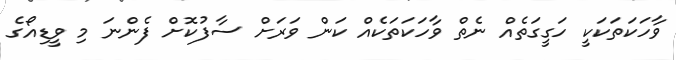
ވާހަކަތަކަކީ ހަގީގަތެއް ނެތް ވާހަކަތަކެއް ކަން ވަރަށް ސާފުކޮށް ފެންނަ މި ވީޑިއޯގެ